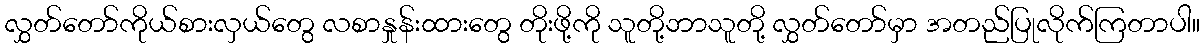
လွှတ်တော်ကိုယ်စားလှယ်တွေ လစာနှုန်းထားတွေ တိုးဖို့ကို သူတို့ဘာသူတို့ လွှတ်တော်မှာ အတည်ပြုလိုက်ကြတာပါ။